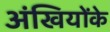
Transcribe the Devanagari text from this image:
अंखियोंके